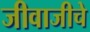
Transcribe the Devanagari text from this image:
जीवाजीचे